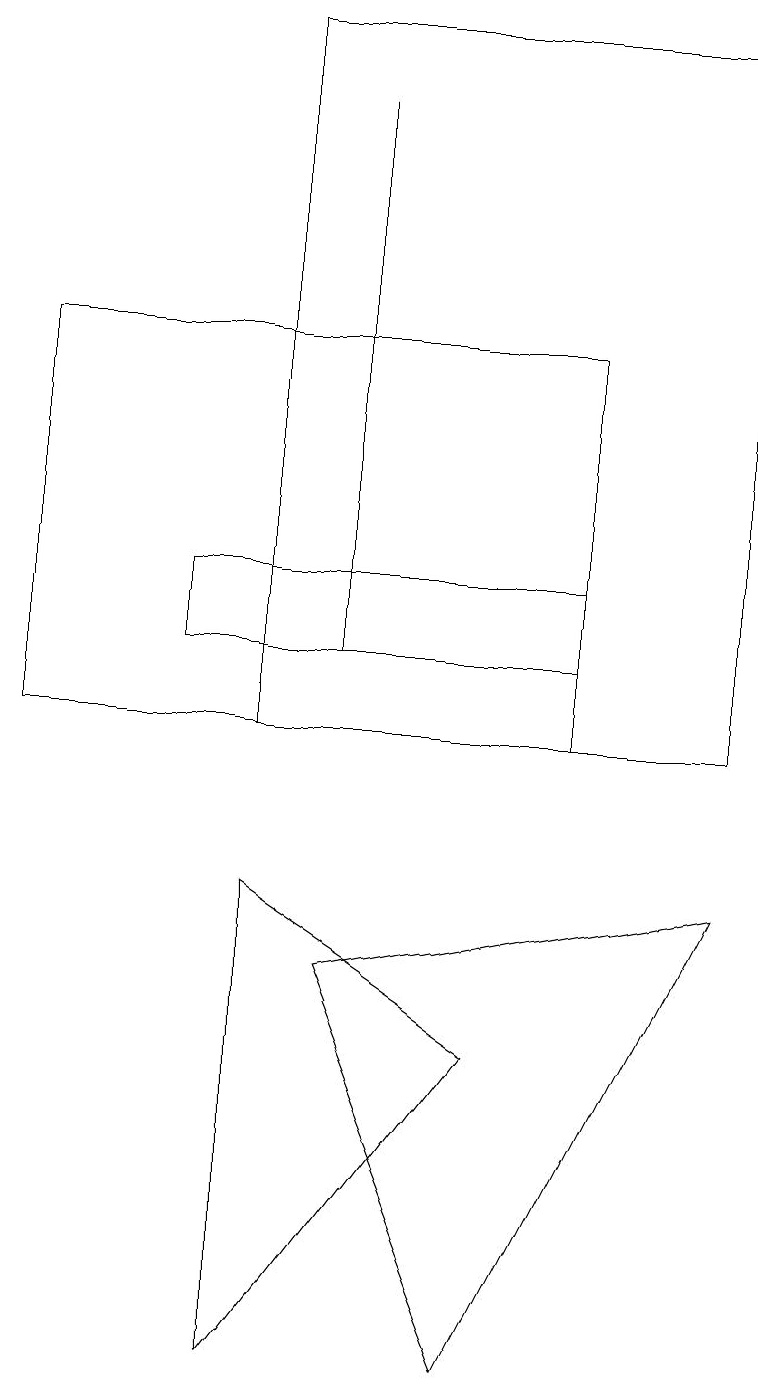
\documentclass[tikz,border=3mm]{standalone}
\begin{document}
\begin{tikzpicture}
\draw (3,8) -- (6,6) -- (3,2) -- cycle;
\draw (3,10) rectangle (9,19);
\draw (2,11) rectangle (7,12);
\draw (7,10) rectangle (0,15);
\draw (4,18) rectangle (4,11);
\draw (4,7) -- (9,8) -- (6,2) -- cycle;
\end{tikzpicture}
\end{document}